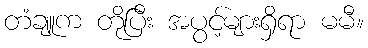
တံချူက တိုပြီး အပွင့်များရှိရာ မမီ။